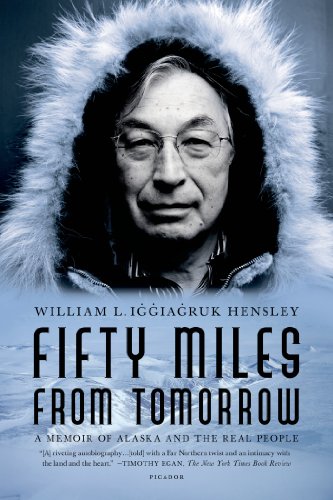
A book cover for Fifty Miles from Tomorrow: A Memoir of Alaska and the Real People; William L. Iggiagruk Hensley; Biographies & Memoirs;